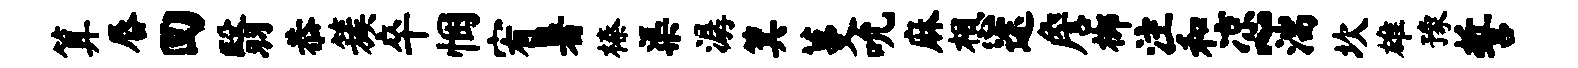
算唇回翳恭簇卒悃宥暑榛渠潺箕蔓吮麻想途詹榔注和凉~湍坎雄豫誓